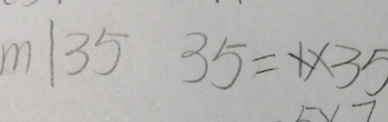
x \vert 3 5 3 5 = 1 \times 3 5